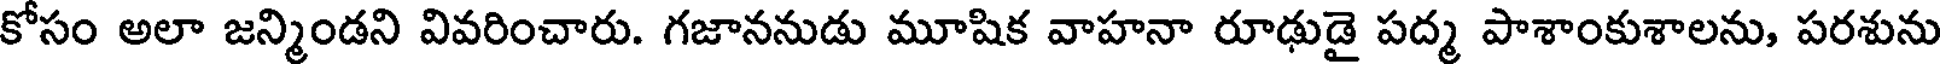
కోసం అలా జన్మిండని వివరించారు. గజాననుడు మూషిక వాహనా రూఢుడై పద్మ పాశాంకుశాలను, పరశును